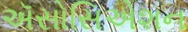
ઍસોસિએશન